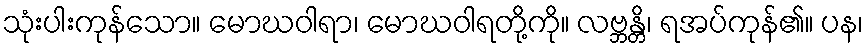
သုံးပါးကုန်သော။ မောဃဝါရာ၊ မောဃဝါရတို့ကို။ လဗ္ဘန္တိ၊ ရအပ်ကုန်၏။ ပန၊